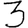
Digit: 3